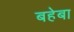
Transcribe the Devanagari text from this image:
बहेबा